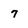
Character: 7